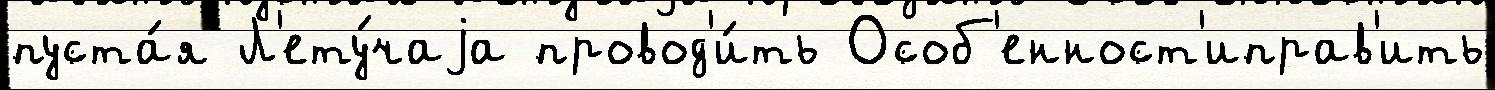
пуста́я Л'ету́чаjа провод'и́ть Особ'енност'иправ'ить